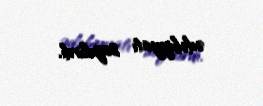
ədəbiyyatı sayılırdı.